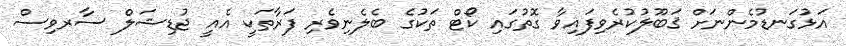
އަޅުގަނޑުމެންނަށް ޤަބޫލުކުރެވިފައިވާ ގޮތުގައި ކޯޓް ތަކުގެ ބެލެނިވެރި ފަރާތަކީ އެއީ ޖުޑިޝަލް ސާރވިސް